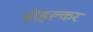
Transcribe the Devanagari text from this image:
वोइल्कर